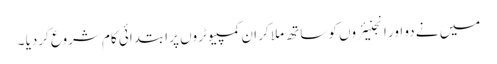
میں نے دو اور انجنیئروں کو ساتھ ملا کر ان کمپیوٹروں پر ابتدائی کام شروع کردیا ۔